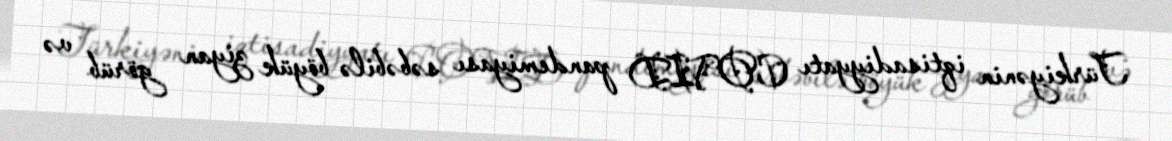
Türkiyənin iqtisadiyyatı COVID pandemiyası səbəbilə böyük ziyan görüb və